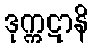
ဒုက္ကဋာနိ